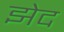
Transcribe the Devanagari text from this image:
झेद